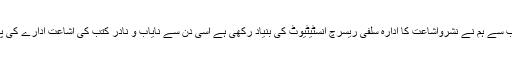
الحمدللہ جب سے ہم نے نشرواشاعت کا ادارہ سلفی ریسرچ انسٹیٹیوٹ کی بنیاد رکھی ہے اسی دن سے نایاب و نادر کتب کی اشاعت ادارے کی پہچان ہے ۔